Source: Handwritten
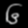
Digit: ၆ (6)